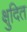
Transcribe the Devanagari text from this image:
क्षुदित